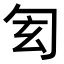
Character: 𠣖